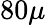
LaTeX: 80\mu